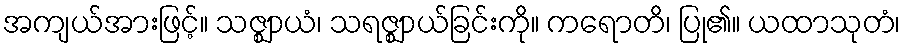
အကျယ်အားဖြင့်။ သဇ္ဈာယံ၊ သရဇ္ဈာယ်ခြင်းကို။ ကရောတိ၊ ပြု၏။ ယထာသုတံ၊